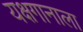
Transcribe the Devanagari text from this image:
यक्षगानाला